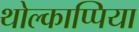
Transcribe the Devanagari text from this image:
थोल्काप्पिया